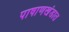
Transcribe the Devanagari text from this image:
पाषाणखंडात